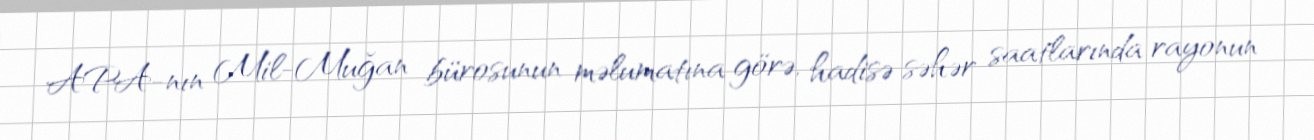
APA-nın Mil-Muğan bürosunun məlumatına görə, hadisə səhər saatlarında rayonun